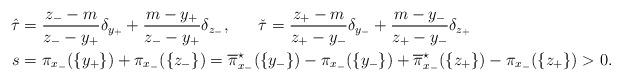
LaTeX: \begin{align*} \hat\tau &= \frac{z_--m}{z_--y_+}\delta_{y_+} + \frac{m - y_+}{z_--y_+}\delta_{z_-},\;\;\;\;\;\; \check\tau = \frac{z_+-m}{z_+-y_-}\delta_{y_-} + \frac{m - y_-}{z_+-y_-}\delta_{z_+}\\ s&=\pi_{x_-}(\{y_+\}) + \pi_{x_-}(\{z_-\})=\overline \pi_{x_-}^\star(\{y_-\}) - \pi_{x_-}(\{y_-\}) + \overline \pi_{x_-}^\star(\{z_+\}) - \pi_{x_-}(\{z_+\})>0.\end{align*}